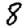
Digit: 8